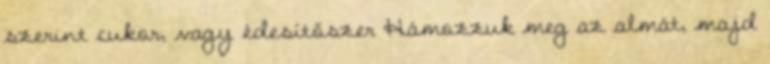
szerint cukor, vagy édesítőszer Hámozzuk meg az almát, majd